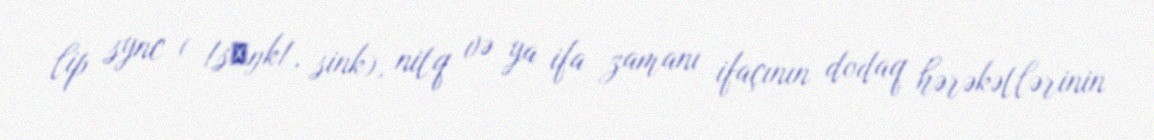
lip sync ( /sɪŋk/, sink), nitq və ya ifa zamanı ifaçının dodaq hərəkətlərinin